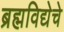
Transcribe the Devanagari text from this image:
ब्रह्मविद्येचे